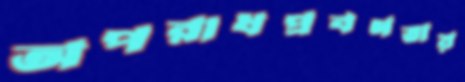
অপরাধপ্রবণতায়